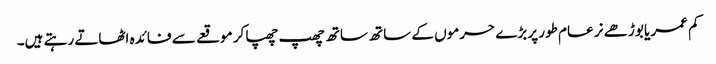
کم عمر یا بوڑھے نر عام طور پر بڑے حرموں کے ساتھ ساتھ چھپ چھپا کر موقعے سے فائدہ اٹھاتے رہتے ہیں۔